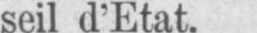
seil d’Etat.